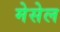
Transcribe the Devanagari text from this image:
मेसेल